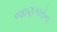
જાણકારોના